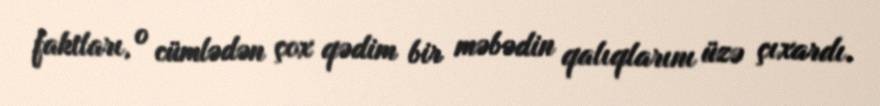
faktları, o cümlədən çox qədim bir məbədin qalıqlarını üzə çıxardı.